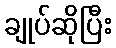
ချုပ်ဆိုပြီး